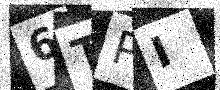
Text: 6TPI